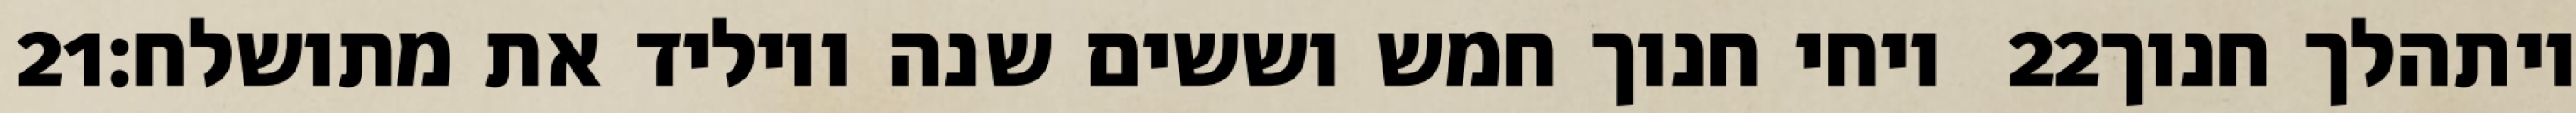
‎21‏ ויחי חנוך חמש וששים שנה ויוליד את מתושלח׃ ‎22‏ ויתהלך חנוך